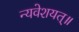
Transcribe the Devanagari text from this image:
न्यवेशयत्॥